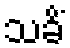
သခိံ